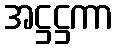
အဋ္ဌဋ္ဌကာ